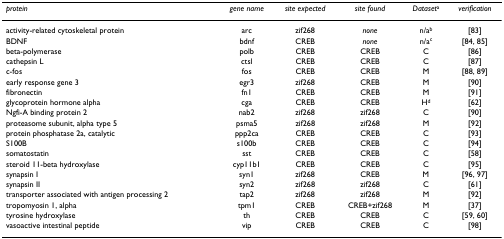
<table><thead><tr><td><b><i>protein</i></b></td><td><b><i>gene name</i></b></td><td><b><i>site expected</i></b></td><td><b><i>site found</i></b></td><td><b><i>Dataset</i><sup>a</sup></b></td><td><b><i>verification</i></b></td></tr></thead><tbody><tr><td>activity-related cytoskeletal protein</td><td>arc</td><td>zif268</td><td><i>none</i></td><td>n/a<sup>b</sup></td><td>[83]</td></tr><tr><td>BDNF</td><td>bdnf</td><td>CREB</td><td><i>none</i></td><td>n/a<sup>c</sup></td><td>[84, 85]</td></tr><tr><td>beta-polymerase</td><td>polb</td><td>CREB</td><td>CREB</td><td>C</td><td>[86]</td></tr><tr><td>cathepsin L</td><td>ctsl</td><td>CREB</td><td>CREB</td><td>C</td><td>[87]</td></tr><tr><td>c-fos</td><td>fos</td><td>CREB</td><td>CREB</td><td>M</td><td>[88, 89]</td></tr><tr><td>early response gene 3</td><td>egr3</td><td>zif268</td><td>CREB</td><td>M</td><td>[90]</td></tr><tr><td>fibronectin</td><td>fn1</td><td>CREB</td><td>CREB</td><td>M</td><td>[91]</td></tr><tr><td>glycoprotein hormone alpha</td><td>cga</td><td>CREB</td><td>CREB</td><td>H<sup>d</sup></td><td>[62]</td></tr><tr><td>Ngfi-A binding protein 2</td><td>nab2</td><td>zif268</td><td>zif268</td><td>C</td><td>[90]</td></tr><tr><td>proteasome subunit, alpha type 5</td><td>psma5</td><td>zif268</td><td>zif268</td><td>M</td><td>[92]</td></tr><tr><td>protein phosphatase 2a, catalytic</td><td>ppp2ca</td><td>CREB</td><td>CREB</td><td>C</td><td>[93]</td></tr><tr><td>S100B</td><td>s100b</td><td>CREB</td><td>CREB</td><td>C</td><td>[94]</td></tr><tr><td>somatostatin</td><td>sst</td><td>CREB</td><td>CREB</td><td>C</td><td>[58]</td></tr><tr><td>steroid 11-beta hydroxylase</td><td>cyp11b1</td><td>CREB</td><td>CREB</td><td>C</td><td>[95]</td></tr><tr><td>synapsin I</td><td>syn1</td><td>zif268</td><td>CREB</td><td>M</td><td>[96, 97]</td></tr><tr><td>synapsin II</td><td>syn2</td><td>zif268</td><td>zif268</td><td>C</td><td>[61]</td></tr><tr><td>transporter associated with antigen processing 2</td><td>tap2</td><td>zif268</td><td>zif268</td><td>M</td><td>[92]</td></tr><tr><td>tropomyosin 1, alpha</td><td>tpm1</td><td>CREB</td><td>CREB+zif268</td><td>M</td><td>[37]</td></tr><tr><td>tyrosine hydroxylase</td><td>th</td><td>CREB</td><td>CREB</td><td>C</td><td>[59, 60]</td></tr><tr><td>vasoactive intestinal peptide</td><td>vip</td><td>CREB</td><td>CREB</td><td>C</td><td>[98]</td></tr></tbody></table>